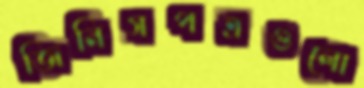
জিনিসপত্রগুলো